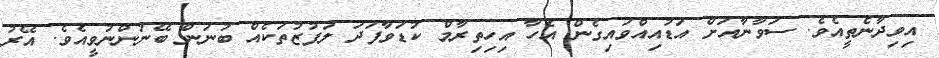
އިވިދާނެތީއެވެ. ސަވާނާއަށް އަޑުއިއްވައިގެން އެހާ އިހިތިރާމް ކުޑަވާފަދަ ލަފުޒުތަކެއް ބުނަން ބޭނުންނުވީއެވެ. އޭރު